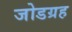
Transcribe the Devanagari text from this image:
जोडग्रह